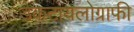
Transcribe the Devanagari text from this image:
डेकटायलोग्राफी